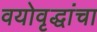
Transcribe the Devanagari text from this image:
वयोवृद्धांचा